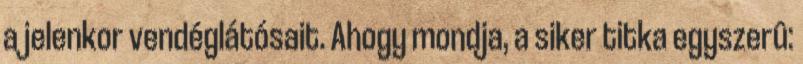
a jelenkor vendéglátósait. Ahogy mondja, a siker titka egyszerû: